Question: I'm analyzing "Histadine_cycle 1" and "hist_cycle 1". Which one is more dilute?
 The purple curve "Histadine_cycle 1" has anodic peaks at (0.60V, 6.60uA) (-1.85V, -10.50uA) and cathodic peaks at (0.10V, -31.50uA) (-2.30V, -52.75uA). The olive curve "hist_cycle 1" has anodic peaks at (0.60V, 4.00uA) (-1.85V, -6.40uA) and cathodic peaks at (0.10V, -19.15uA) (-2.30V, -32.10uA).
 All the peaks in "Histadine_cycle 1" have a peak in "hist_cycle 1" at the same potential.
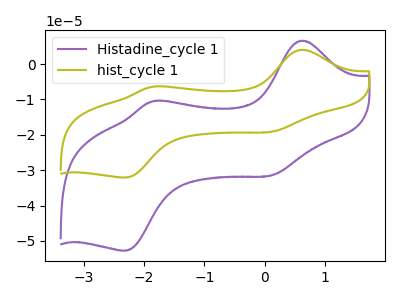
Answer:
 <answer>I cant tell if "Histadine_cycle 1" or "hist_cycle 1" has higher concentration.</answer>
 <eval>mixed_concentration</eval>